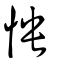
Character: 怏